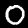
Digit: 0